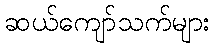
ဆယ်ကျော်သက်များ